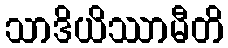
သာဒိယိဿာမီတိ